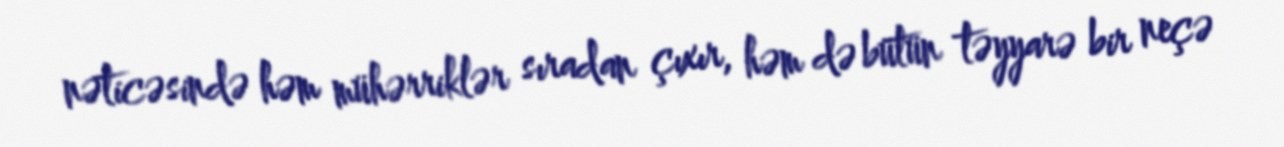
nəticəsində həm mühərriklər sıradan çıxır, həm də bütün təyyarə bir neçə